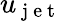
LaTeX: u_{\mathrm{~j~e~t~}}